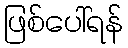
ဖြစ်ပေါ်ရန်